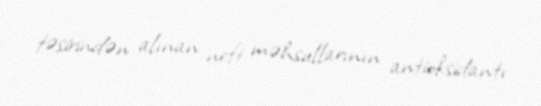
təsirindən alınan neft məhsullarının antioksidantı